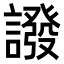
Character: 𧬋